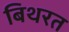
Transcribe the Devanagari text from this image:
बिथरत